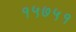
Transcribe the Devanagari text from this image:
१५७५१